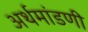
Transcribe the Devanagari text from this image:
अर्थमांडणी